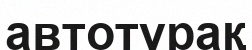
автотұрақ